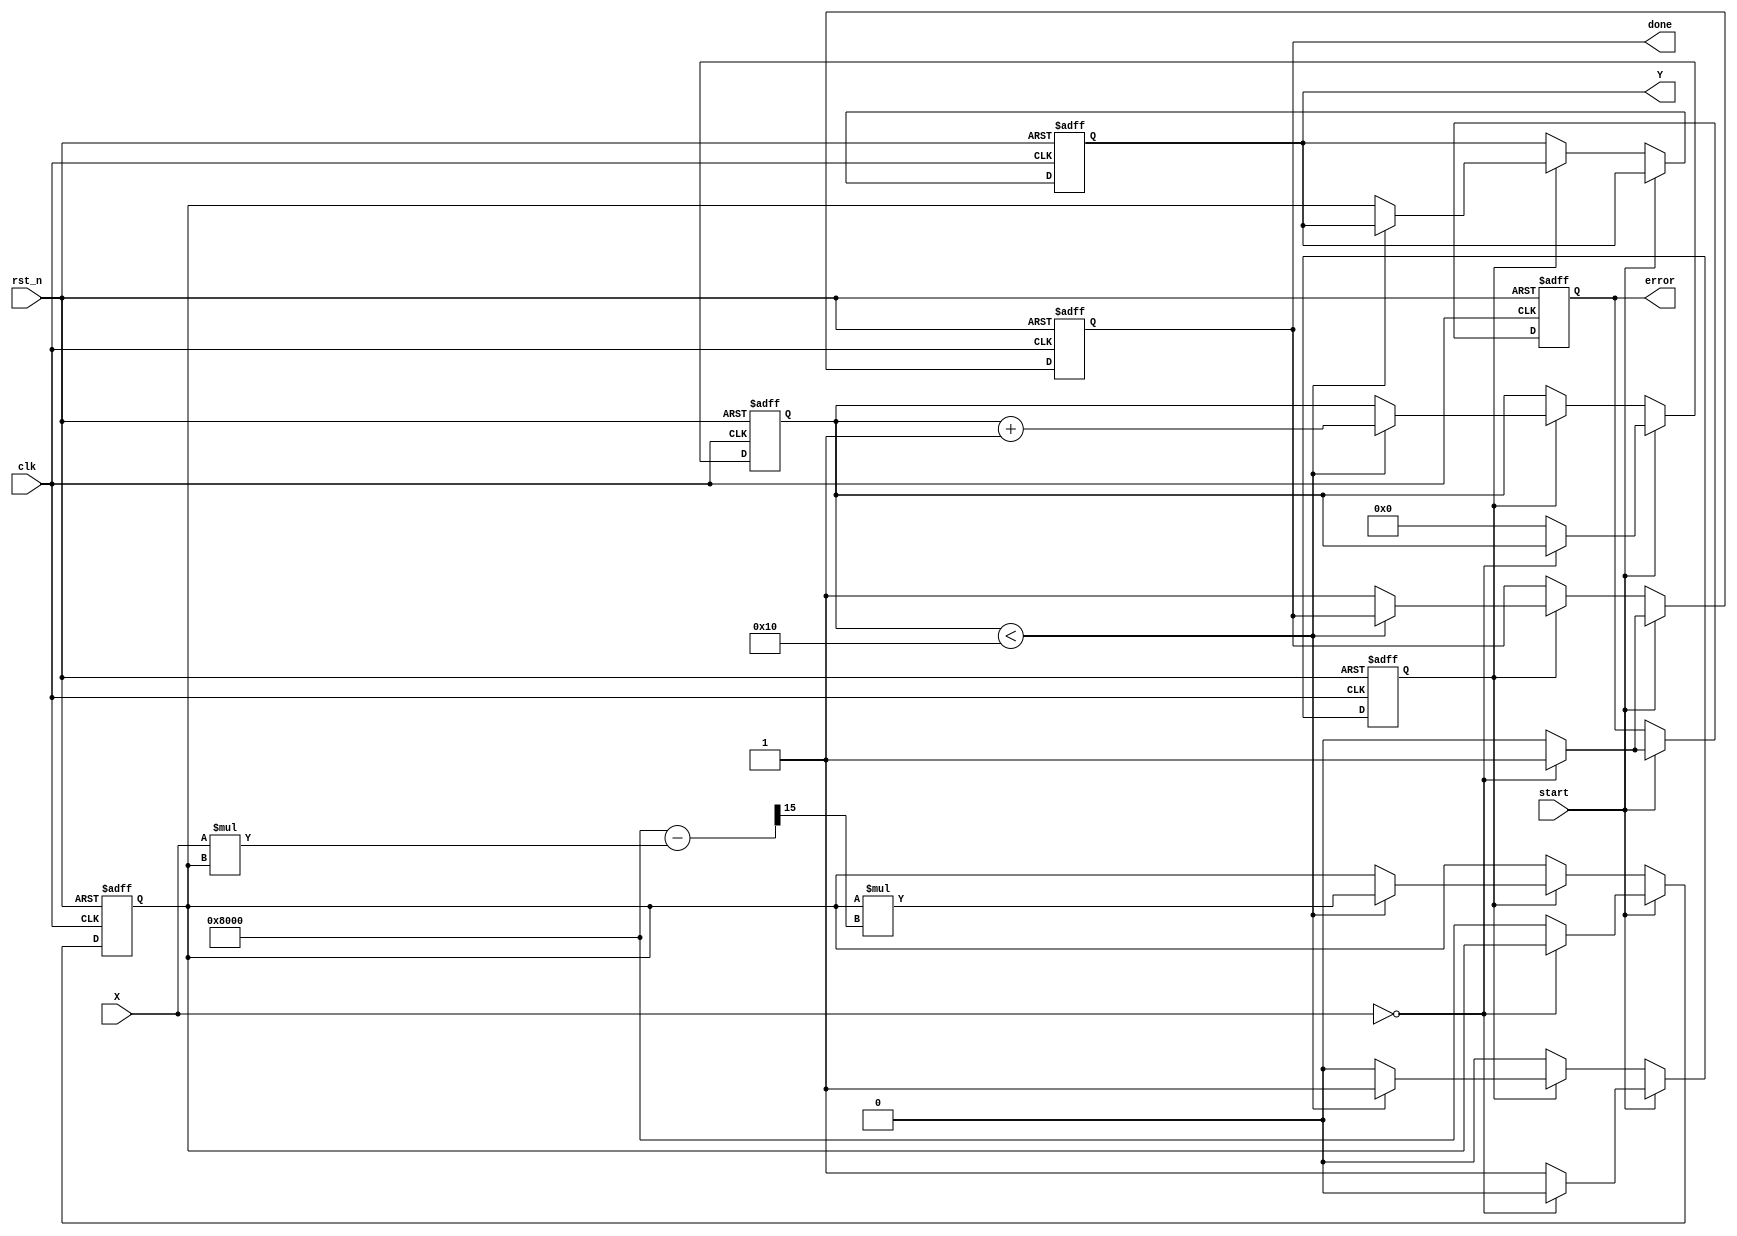
module iterative_reciprocal (
    input wire clk,                     // Clock signal
    input wire rst_n,                   // Active low reset
    input wire [15:0] X,                // Input value (16-bit)
    input wire start,                   // Signal to start computation
    output reg [15:0] Y,                // Output value (reciprocal)
    output reg done,                    // Signal indicating completion
    output reg error                    // Error signal (for division by zero)
);

// Parameter Definitions
parameter MAX_ITERATIONS = 16;        // Max iterations for convergence

// Internal Signals
reg [15:0] y_prev;                     // Previous reciprocal estimate
reg [3:0] iteration_count;             // Counting iterations
reg computing;                         // State of execution

// Initialize/Reset Logic
always @(posedge clk or negedge rst_n) begin
    if (!rst_n) begin
        Y <= 16'b0;
        done <= 1'b0;
        error <= 1'b0;
        y_prev <= 16'b0;
        iteration_count <= 4'b0;
        computing <= 1'b0;
    end else if (start) begin
        if (X == 16'b0) begin
            error <= 1'b1;             // Set error if input is zero
            done <= 1'b1;
            computing <= 1'b0;
        end else begin
            error <= 1'b0;              // Clear error signal
            y_prev <= 16'h8000; // Initial Guess (1.0 in fixed-point)
            iteration_count <= 4'b0;
            done <= 1'b0;
            computing <= 1'b1;
        end
    end else if (computing) begin
        if (iteration_count < MAX_ITERATIONS) begin
            // Newton-Raphson iteration: Y(n+1) = Y(n) * (2 - X * Y(n))
            y_prev <= y_prev * (16'h8000 - (X * y_prev) >> 15); // Fixed-point multiplication
            iteration_count <= iteration_count + 1;
        end else begin
            Y <= y_prev;                // Set output to final value
            done <= 1'b1;                // Signal completion
            computing <= 1'b0;           // Reset computing state
        end
    end
end

endmodule